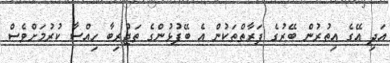
އަދި އޭގެ އިތުރުން ބޭރުގެ ފަރާތްތަކުން އެ ބޭފުޅުންގެ ތަޖުރިބާ ހިއްސާ ކުރުމަށްވެސް